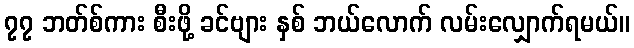
၇၇ ဘတ်စ်ကား စီးဖို့ ခင်ဗျား နှစ် ဘယ်လောက် လမ်းလျှောက်ရမယ်။